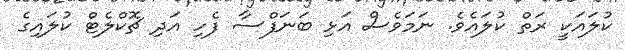
ކުލައަކީ ރަތް ކުލައެވެ. ނަމަވެސް އަޅި ބަނަފްސާ ފެހި އަދި ޗޮކްލެޓް ކުލައިގެ